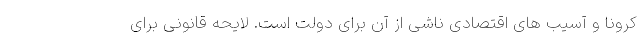
کرونا و آسیب های اقتصادی ناشی از آن برای دولت است. لایحه قانونی برای